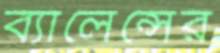
ব্যালেন্সের